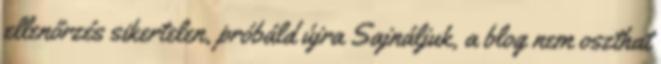
ellenőrzés sikertelen, próbáld újra Sajnáljuk, a blog nem oszthat